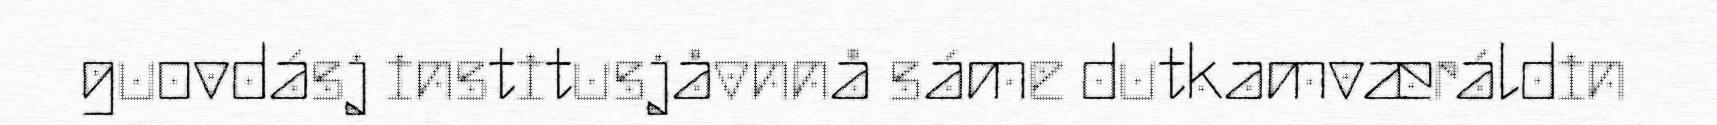
guovdásj institusjåvnnå sáme dutkamværáldin